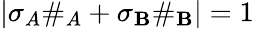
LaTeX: |\sigma_{A}\# _{A}+\sigma_{\mathbf{B}}\# _{\mathbf{B}}|=1